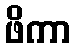
ဖိကာ